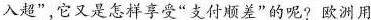
入超”，它又是怎样享受”支付顺差”的呢?欧洲用